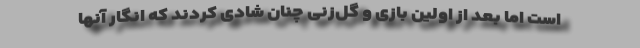
است اما بعد از اولین بازی و گل‌زنی چنان شادی کردند که انگار آنها